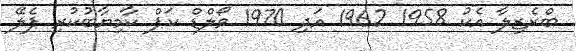
ބްރެޒިލާ އެކު 1958 1962 އަދި 1970 ވޯލްޑް ކަޕް ކާމިޔާބުކުރި ޕެލޭ